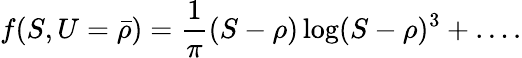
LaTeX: f(S,U={\bar{\rho}})={\frac{1}{\pi}}(S-\rho)\log(S-\rho)^{3}+\dots.